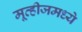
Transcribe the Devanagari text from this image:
मूव्हीजमध्ये